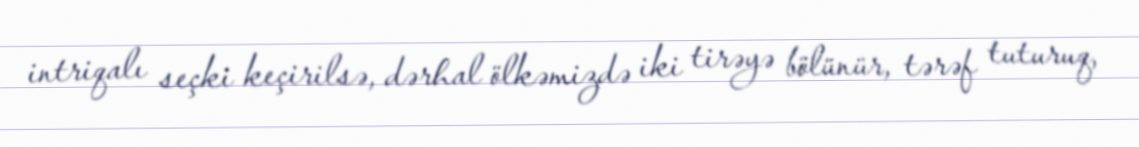
intriqalı seçki keçirilsə, dərhal ölkəmizdə iki tirəyə bölünür, tərəf tuturuq,